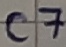
Text: C7